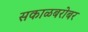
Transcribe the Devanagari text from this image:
सकाळबरोबर